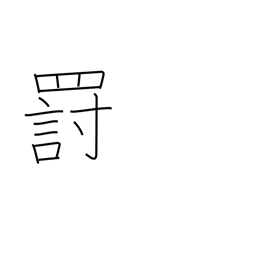
Meaning: punishment